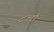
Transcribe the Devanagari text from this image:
८चा